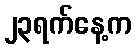
၂၃ရက်နေ့က